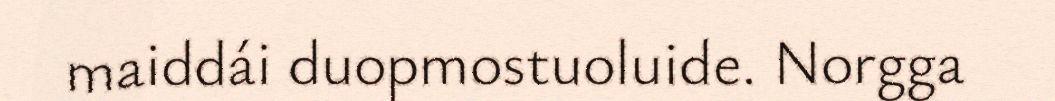
maiddái duopmostuoluide. Norgga